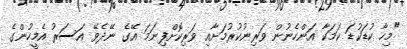
"މިހާ ކުޑަކުޑަ ކަމަކާ އަންހެނުން ވަރިނުކުރުމަށާއި ވަރިކޮށްފިނަމަ އޭގެ ނޭދެވޭ އަސަރު އެމީހުންގެ